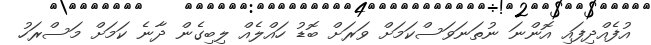
އުފެއްދިފައި އޮންނަ ނުތަނަވަސްކަމަށް ވަރަށް ބޮޑު ހައްލެއް ލިބިގެން ދާނެ ކަމަށް މަސްރަހު